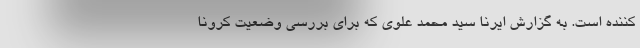
کننده است. به گزارش ایرنا سید محمد علوی که برای بررسی وضعیت کرونا